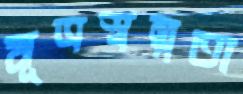
মূত্রস্বল্পতা